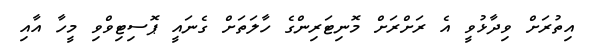
އިތުރަށް ވިދާޅުވީ އެ ރަށްރަށް މޮނިޓަރިންގެ ހާލަތަށް ގެނައީ ޕޮސިޓިވްވި މީހާ އާއި